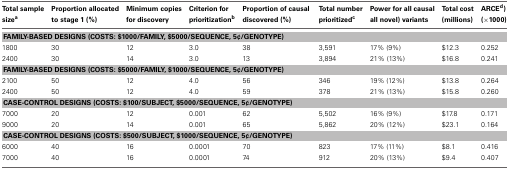
| Total sample sizea | Proportion allocated to stage 1 (%) | Minimum copies for discovery | Criterion for prioritizationb | Proportion of causal discovered (%) | Total number prioritizedc | Power for all causal all novel) variants | Total cost (millions) | ARCEd) (×1000) |
 | --- | --- | --- | --- | --- | --- | --- | --- | --- |
 | <COLSPAN=9> FAMILY-BASED DESIGNS (COSTS: $1000/FAMILY, $5000/SEQUENCE, 5¢/GENOTYPE) |
 | 1800 | 30 | 12 | 3.0 | 38 | 3,591 | 17% (9%) | $12.3 | 0.252 |
 | 2400 | 30 | 14 | 3.0 | 13 | 3,894 | 21% (13%) | $16.8 | 0.241 |
 | <COLSPAN=9> FAMILY-BASED DESIGNS (COSTS: $5000/FAMILY, $1000/SEQUENCE, 5¢/GENOTYPE) |
 | 2100 | 50 | 12 | 4.0 | 56 | 346 | 19% (12%) | $13.8 | 0.264 |
 | 2400 | 50 | 12 | 4.0 | 59 | 378 | 21% (13%) | $15.8 | 0.260 |
 | <COLSPAN=9> CASE-CONTROL DESIGNS (COSTS: $100/SUBJECT, $5000/SEQUENCE, 5¢/GENOTYPE) |
 | 7000 | 20 | 12 | 0.001 | 62 | 5,502 | 16% (9%) | $17.8 | 0.171 |
 | 9000 | 20 | 14 | 0.001 | 65 | 5,862 | 20% (12%) | $23.1 | 0.164 |
 | <COLSPAN=9> CASE-CONTROL DESIGNS (COSTS: $500/SUBJECT, $1000/SEQUENCE, 5¢/GENOTYPE) |
 | 6000 | 40 | 16 | 0.0001 | 70 | 823 | 17% (11%) | $8.1 | 0.416 |
 | 7000 | 40 | 16 | 0.0001 | 74 | 912 | 20% (13%) | $9.4 | 0.407 |